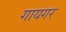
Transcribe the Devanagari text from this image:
गायगर